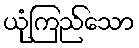
ယုံကြည်သော